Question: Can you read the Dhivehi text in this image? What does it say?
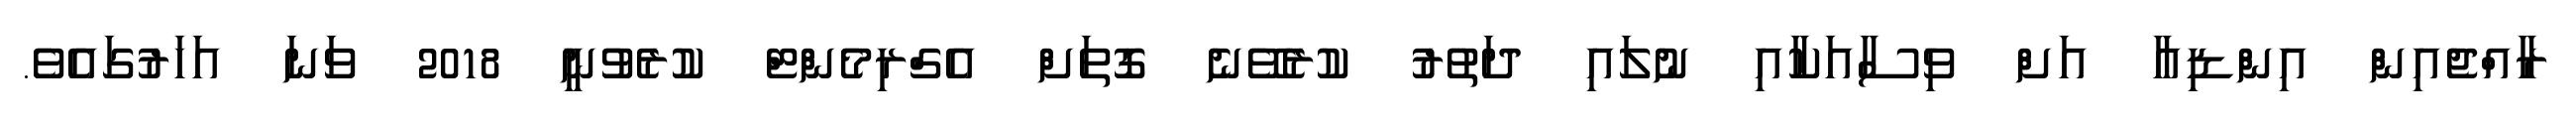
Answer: ރާއްޖެއިން އިންޑިއާ އަށް ވިސާއަކާއި ނުލައި ދަތުރު ކުރެވޭނެ ގޮތަށް އެގްރިމެންޓް ކުރެވުނީ 2018 ވަނަ އަހަރުގައެވެ.